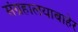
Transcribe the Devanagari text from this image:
संग्रहालयाबाहेर